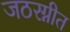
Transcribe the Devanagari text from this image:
जठरग्नीत